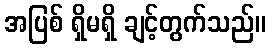
အပြစ် ရှိမရှိ ချင့်တွက်သည်။